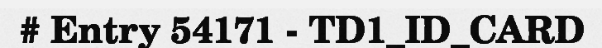
# Entry 54171 - TD1_ID_CARD